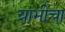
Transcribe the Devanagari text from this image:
ग्राभीचा